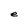
Character: e